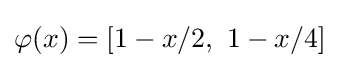
\varphi (x)=[1-x/2,~1-x/4]